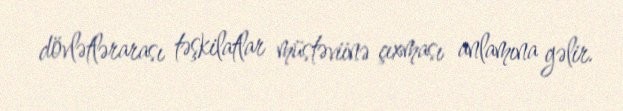
dövlətlərarası təşkilatlar müstəviinə çıxması anlamına gəlir.